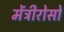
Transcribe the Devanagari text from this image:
मेंत्रीरोसो